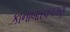
કાનાબારવળગણ